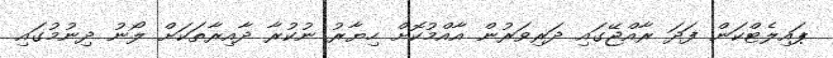
ޕައިލެޓްކަން ފަދަ ރާއްޖޭގައި ދަރިވަރުން އާއްމުކޮށް ހިޔާރު ނުކުރާ ދާއިރާތަކަށް ލޯނު ދިނުމުގައި